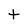
Character: t